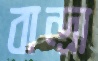
বান্দ্রা